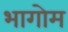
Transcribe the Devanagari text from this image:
भागोम